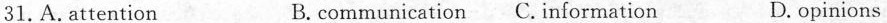
31.A. attention B. communication C. Information D. opinions